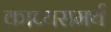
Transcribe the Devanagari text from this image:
काव्यसमर्थ